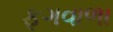
ફૂગવાળા